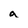
Character: a